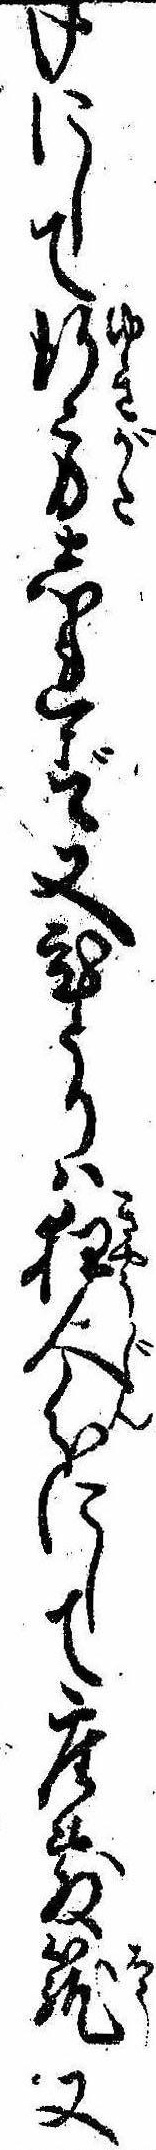
けにして行方しれず又ひとりは狂人分にして座敷篭又